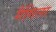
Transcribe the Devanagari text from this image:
गैंगिला